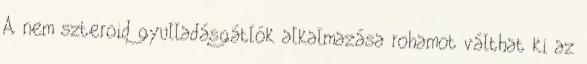
A nem szteroid gyulladásgátlók alkalmazása rohamot válthat ki az